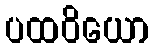
ပထဝိယော